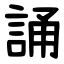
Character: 誦